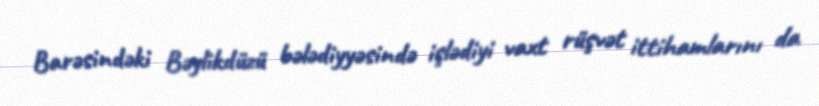
Barəsindəki Bəylikdüzü bələdiyyəsində işlədiyi vaxt rüşvət ittihamlarını da